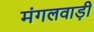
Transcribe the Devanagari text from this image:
मंगलवाड़ी